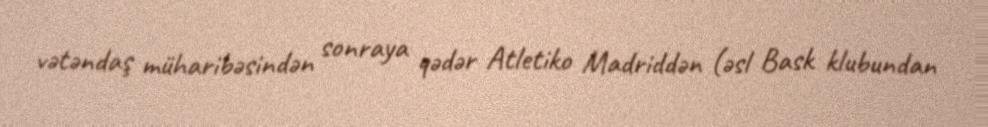
vətəndaş müharibəsindən sonraya qədər Atletiko Madriddən (əsl Bask klubundan